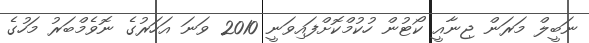
ނަބީލް މަރަން ޖިނާއީ ކޯޓުން ހުކުމްކޮށްފައިވަނީ 2010 ވަނަ އަހަރުގެ ނޮވެމްބަރު މަހުގެ